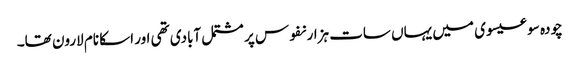
چودہ سو عیسوی میں یہاں سات ہزار نفوس پر مشتمل آبادی تھی اور اسکا نام لارون تھا۔